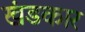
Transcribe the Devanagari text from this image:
खंडकार